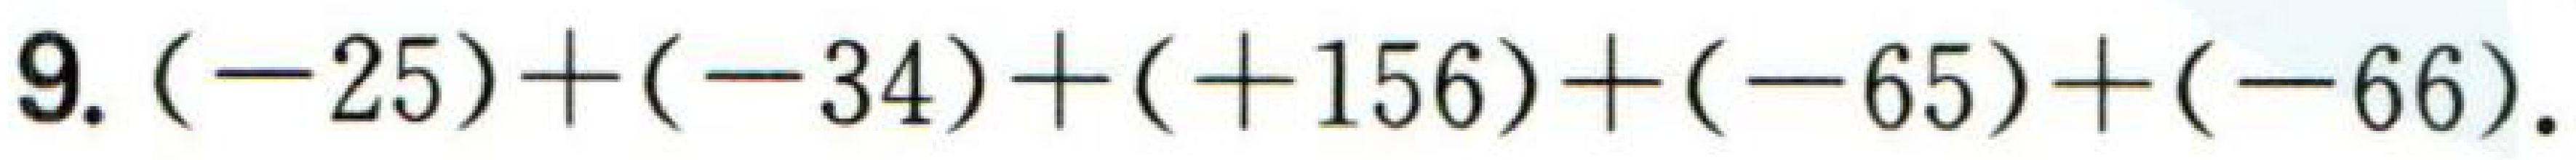
$9.(-25)+(-34)+(+156)+(-65)+(-66).$